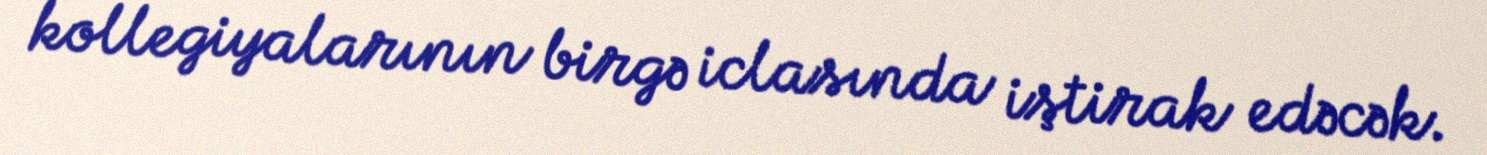
kollegiyalarının birgə iclasında iştirak edəcək.